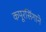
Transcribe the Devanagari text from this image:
कपूरसिंगाने